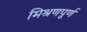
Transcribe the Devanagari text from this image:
मिश्रणपूर्ण